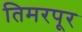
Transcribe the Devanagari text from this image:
तिमरपूर